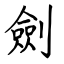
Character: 劍